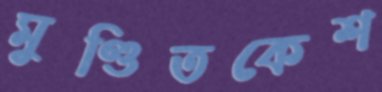
মুণ্ডিতকেশ